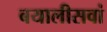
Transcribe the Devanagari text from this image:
बयालीसवां